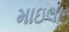
માઇલા